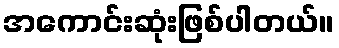
အကောင်းဆုံးဖြစ်ပါတယ်။